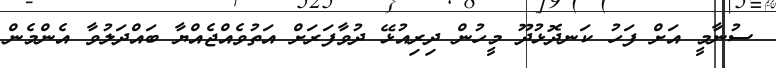
ސުނާމީ އަށް ފަހު ކަނދޮޅުދޫ މީހުން ދިރިއުޅޭ ދުވާފަރަށް އަތުވެއްޖެއްޔާ ބައްދަލުވާ އެންމެން